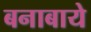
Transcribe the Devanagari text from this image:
बनाबाये